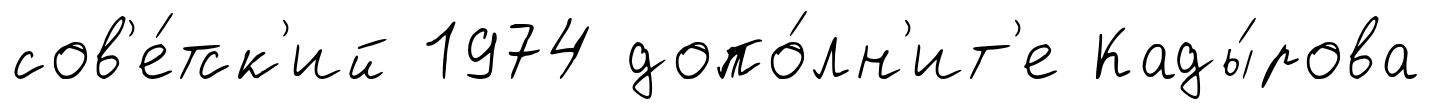
сов'е́тск'ий 1974 допо́лн'ит'е Кады́рова